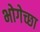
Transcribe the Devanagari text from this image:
भोगेच्छा